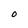
Character: O